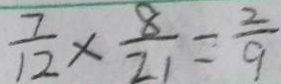
\frac { 7 } { 1 2 } \times \frac { 8 } { 2 1 } = \frac { 2 } { 9 }